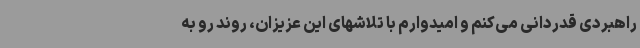
راهبردی قدردانی می‌کنم و امیدوارم با تلاشهای این عزیزان، روند رو به